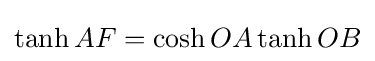
\tanh AF=\cosh OA\tanh OB